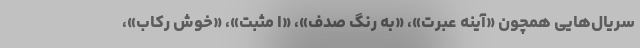
سریال‌هایی همچون «آینه عبرت»، «به رنگ صدف»، «اُ مثبت»، «خوش رکاب»،